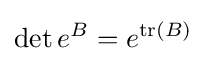
\det e^{B}=e^{\operatorname {tr} \left(B\right)}